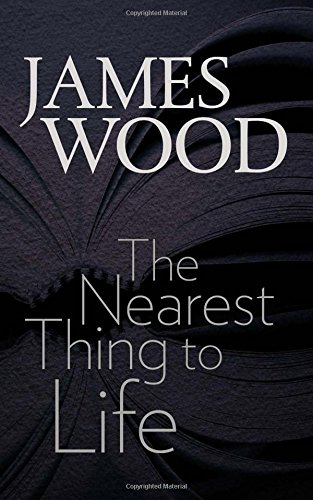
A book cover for The Nearest Thing to Life (The Mandel Lectures in the Humanities); James Wood; Literature & Fiction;